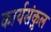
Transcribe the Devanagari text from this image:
कार्यसंकुल